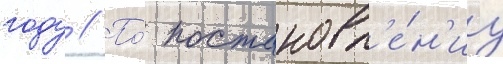
году // По́ постановл'е́н'иу